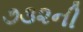
૭૩૨ની